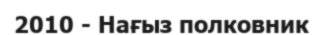
2010 - Нағыз полковник